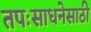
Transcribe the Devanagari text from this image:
तपःसाधनेसाठी